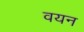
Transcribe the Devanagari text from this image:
वयन